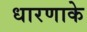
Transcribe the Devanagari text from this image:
धारणाके